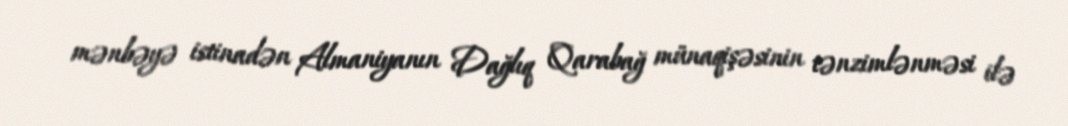
mənbəyə istinadən Almaniyanın Dağlıq Qarabağ münaqişəsinin tənzimlənməsi ilə